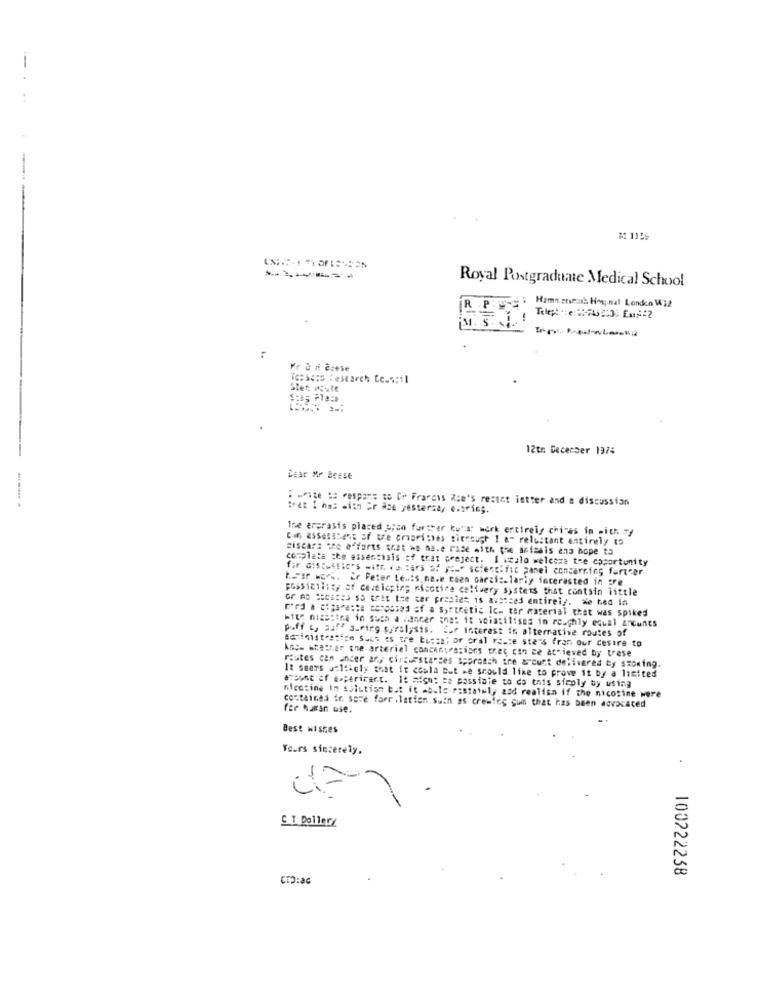
------
Royal Postgraduate Medical School
R . Poury : Hamn mesh Hos, nal Londen 112
Telep! ": e: : 274/200 En#22
Vr ü necese
Tossons :esearch Ce.s;il
Ster Pfute
12to Becerser 1975
Dear Mr Beast
: write te respons to Co Frareys Rie's recent letter and a discussion
Brat I has mith Er Hoe yestersa, e.tring.
The ergrasis placed s;on further ku"s work entirely chicas in with zy
Cin assasBlant of tre crapriches sierough 1 a- reluctant entirely ts
Biscarz the efforts Erat we na.e rade with the animais ana hope to
completa the essenciais :f trat preject. I stalo welcome the opportunity
for discussie's watt. it tars of you" scientific panel concerning fartcer
trar wos. Er Feter Lenis ne.e coen Garzi :. larly interested in tre
possibility af ceaticpies micotire celtvery systems that contsin little
or AD Sestes so that the car prasie= is avatced entirely. de hed in
Ford a cigarasta composed of a sortretic Icm tar material that was spiked
Mite niceties in such a waneer ;her it weintilises in roughly equal arcones
puff &, auff auping pyrolysis. 2of interest in alternative routes of
Barinistration suco es tre busca; or oral reste stars fran our cesire to
Ans. whether the arterial concentrations tret con ce achieved by trase
routes can ancer any circumstances approach tre &ourt delivered by szoming.
It sears unlikely that it ccola But we should like to prove it by a limited
acount of experiment. It mion: sa possiate to do this siroly by using
nicotine in soistisn but it me-le-rostatuly add realism if the nicotine were
fer haran ule.
contained in sove forr .lation Suih as crewing gum that has been advocated
Best wishes
Yours sincerely.
C T Bollerz
100222238
CTO:86